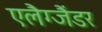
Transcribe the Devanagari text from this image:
एलैग्जैंडर